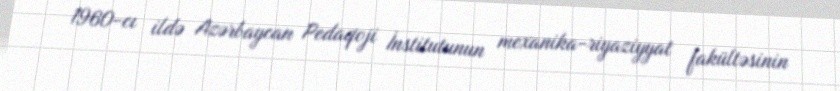
1960-cı ildə Azərbaycan Pedaqoji İnstitutunun mexanika-riyaziyyat fakültəsinin